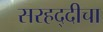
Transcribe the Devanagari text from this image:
सरहद्दीचा